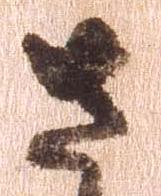
左